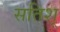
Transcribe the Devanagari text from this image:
सतिश्